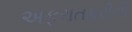
અફરાતફરીનો